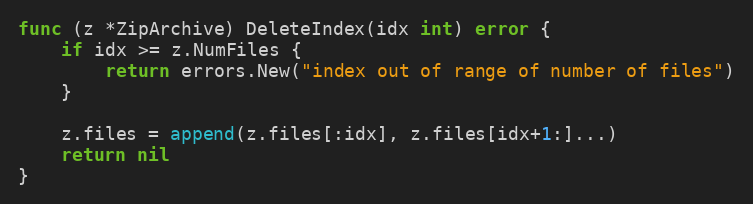
Language: Go
func (z *ZipArchive) DeleteIndex(idx int) error {
	if idx >= z.NumFiles {
		return errors.New("index out of range of number of files")
	}

	z.files = append(z.files[:idx], z.files[idx+1:]...)
	return nil
}